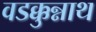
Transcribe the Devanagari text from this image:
वडक्कुन्नाथ